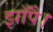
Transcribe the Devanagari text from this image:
झाँपै।